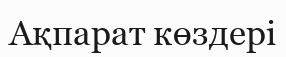
Ақпарат көздері